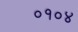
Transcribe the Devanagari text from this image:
०१०४